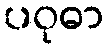
ပဝုဓာ